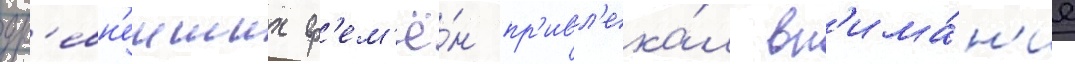
др'евн'еиших вр'ем'ё́н пр'ивл'ека́л вн'има́н'ие